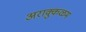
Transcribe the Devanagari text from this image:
अराक्कुळम